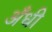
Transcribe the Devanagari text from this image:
अँधी